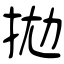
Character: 拋